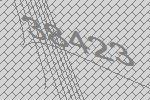
38423